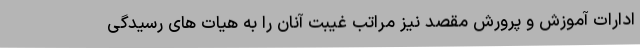
ادارات آموزش و پرورش مقصد نیز مراتب غیبت آنان را به هیات های رسیدگی